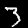
Label: 3